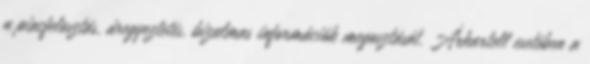
a piacfelosztás, áregyeztetés, bizalmas információk megosztását. Árkartell esetében a